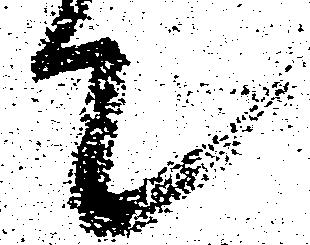
て